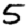
Digit: 5